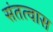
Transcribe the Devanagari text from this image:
संतत्वास